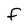
Character: f